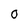
Character: 0